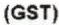
(GST)